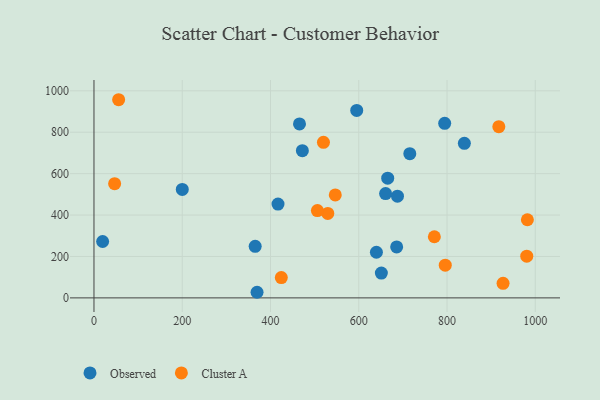
{"axis": {"x": "Investment", "y": "Yield"}, "legend": ["Cluster A", "Observed"], "data": [{"x": "640.0", "y": 220.3, "type": "Observed"}, {"x": "200.1", "y": 523.6, "type": "Observed"}, {"x": "665.6", "y": 578.0, "type": "Observed"}, {"x": "687.7", "y": 491.0, "type": "Observed"}, {"x": "794.7", "y": 842.8, "type": "Observed"}, {"x": "365.3", "y": 249.0, "type": "Observed"}, {"x": "651.2", "y": 119.7, "type": "Observed"}, {"x": "472.2", "y": 711.1, "type": "Observed"}, {"x": "417.0", "y": 452.9, "type": "Observed"}, {"x": "19.6", "y": 272.2, "type": "Observed"}, {"x": "369.5", "y": 27.1, "type": "Observed"}, {"x": "839.3", "y": 746.3, "type": "Observed"}, {"x": "685.9", "y": 246.0, "type": "Observed"}, {"x": "595.4", "y": 905.3, "type": "Observed"}, {"x": "715.7", "y": 696.5, "type": "Observed"}, {"x": "465.7", "y": 840.2, "type": "Observed"}, {"x": "660.8", "y": 503.6, "type": "Observed"}, {"x": "529.8", "y": 408.0, "type": "Cluster A"}, {"x": "927.0", "y": 70.2, "type": "Cluster A"}, {"x": "46.8", "y": 551.6, "type": "Cluster A"}, {"x": "546.8", "y": 497.3, "type": "Cluster A"}, {"x": "771.3", "y": 295.3, "type": "Cluster A"}, {"x": "424.5", "y": 98.0, "type": "Cluster A"}, {"x": "796.0", "y": 158.2, "type": "Cluster A"}, {"x": "917.4", "y": 826.8, "type": "Cluster A"}, {"x": "506.3", "y": 421.6, "type": "Cluster A"}, {"x": "982.1", "y": 377.4, "type": "Cluster A"}, {"x": "520.0", "y": 751.0, "type": "Cluster A"}, {"x": "980.7", "y": 201.2, "type": "Cluster A"}, {"x": "55.9", "y": 956.9, "type": "Cluster A"}]}